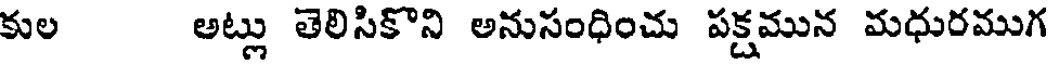
కుల అట్లు తెలిసికొని అనుసంధించు పక్షమున మధురముగ